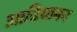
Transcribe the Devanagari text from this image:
आदियामन